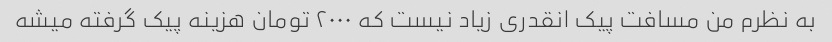
به نظرم من مسافت پیک انقدری زیاد نیست که ۲۰۰۰ تومان هزینه پیک گرفته میشه